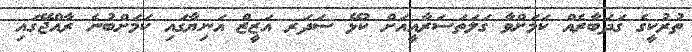
ތުރުކީގެ ގަދަބާރެއް ކަމަށްވާ ގަލަތަސަރާއީއަށް ކުޅޭ ސަދަރ އަޒީޒް އަނިޔާގައި ކަމަށްބުނެ ރާއްޖޭގައި